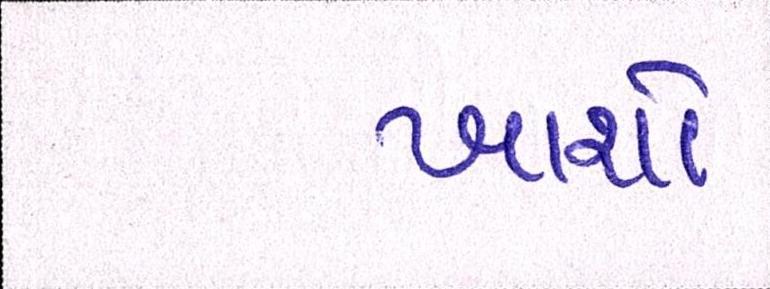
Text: ખાશો